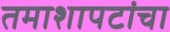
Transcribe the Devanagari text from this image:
तमाशापटांचा